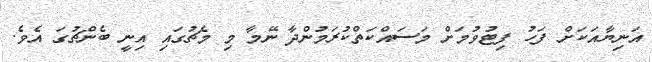
އަނިޔާއަކަށް ފަހު ފިޓުވުމަށް މަސައްކަތްކުރަމުންދާ ނޭމާ މި މެޗުގައި އިނީ ބެންޗުގަ އެވެ.